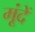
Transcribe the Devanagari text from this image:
मूंदें